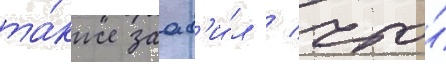
та́кже заав'и́л / что́